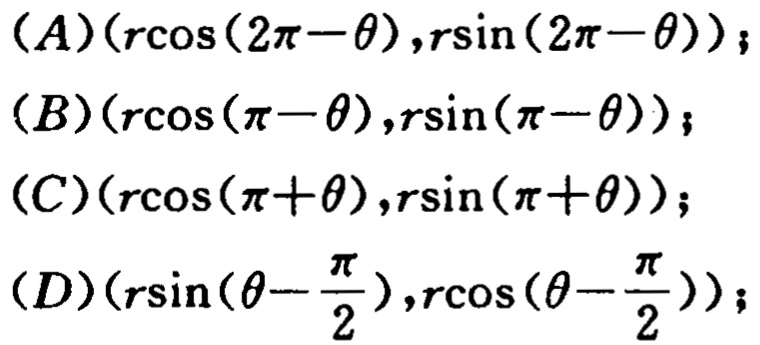
$(A)(r\cos(2\pi - \theta),r\sin(2\pi - \theta));$

$(B)(r\cos(\pi - \theta),r\sin(\pi - \theta));$

$(C)(r\cos(\pi + \theta),r\sin(\pi + \theta));$

$(D)(r\sin(\theta - \frac{\pi}{2}),r\cos(\theta - \frac{\pi}{2}));$